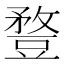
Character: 䜼